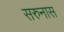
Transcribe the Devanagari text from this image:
सरुनास